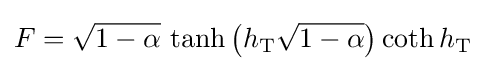
F={\sqrt {1-\alpha }}\,\tanh \left(h_{\rm {T}}{\sqrt {1-\alpha }}\right)\coth h_{\rm {T}}